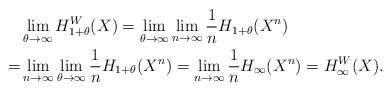
\begin{align*}&\lim_{\theta \to \infty} H_{1+\theta}^W(X)= \lim_{\theta \to \infty} \lim_{n\to\infty} \frac{1}{n} H_{1+\theta}(X^n) \\=& \lim_{n \to \infty} \lim_{\theta \to \infty} \frac{1}{n} H_{1+\theta}(X^n) = \lim_{n \to \infty} \frac{1}{n} H_\infty(X^n) = H_\infty^W(X).\end{align*}